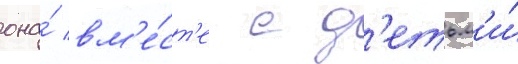
она́ вм'е́ст'е с д'етьм'и́